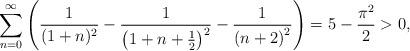
LaTeX: \begin{align*}\sum_{n=0}^\infty\left(\frac{1}{(1+n)^2}-\frac{1}{\left(1+n+\frac{1}{2}\right)^2}-\frac{1}{\left(n+2\right)^2}\right) = 5-\frac{\pi^2}{2}>0,\end{align*}